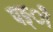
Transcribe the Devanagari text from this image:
पङ्ी